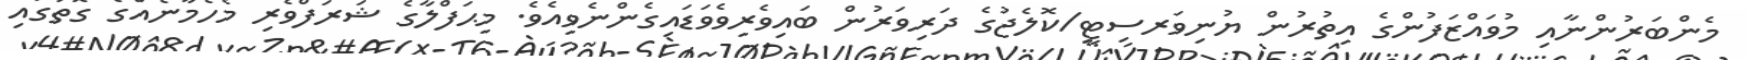
މެންބަރުންނާއި މުވައްޒަފުންގެ އިތުރުން ޔުނިވަރސިޓީ/ކޮލެޖުގެ ދަރިވަރުން ބައިވެރިވެވަޑައިގެންނެވިއެވެ. މިޙަފްލާގެ ޝަރަފްވެރި މެހެމާނެއްގެ ގޮތުގައި